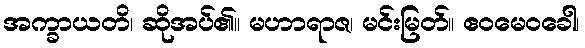
အက္ခာယတိ၊ ဆိုအပ်၏။ မဟာရာဇ၊ မင်းမြတ်။ ဧဝမေဝခေါ၊